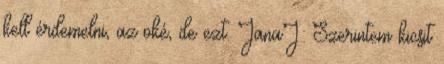
kell érdemelni, az oké, de ezt. JanaJ: Szerintem kicsit